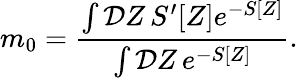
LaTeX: m_{0}=\frac{\int{\cal D}Z\, S^{\prime}[Z]e^{-S[Z]}}{\int{\cal D}Z\, e^{-S[Z]}}.